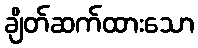
ချိတ်ဆက်ထားသော